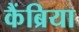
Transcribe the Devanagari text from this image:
कैंब्रिया